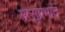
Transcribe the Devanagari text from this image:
सत्सुप्रभातं